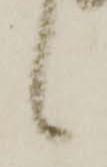
候